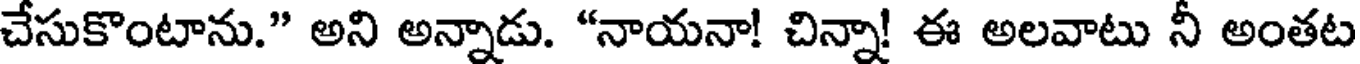
చేసుకొంటాను." అని అన్నాడు. "నాయనా! చిన్నా! ఈ అలవాటు నీ అంతట